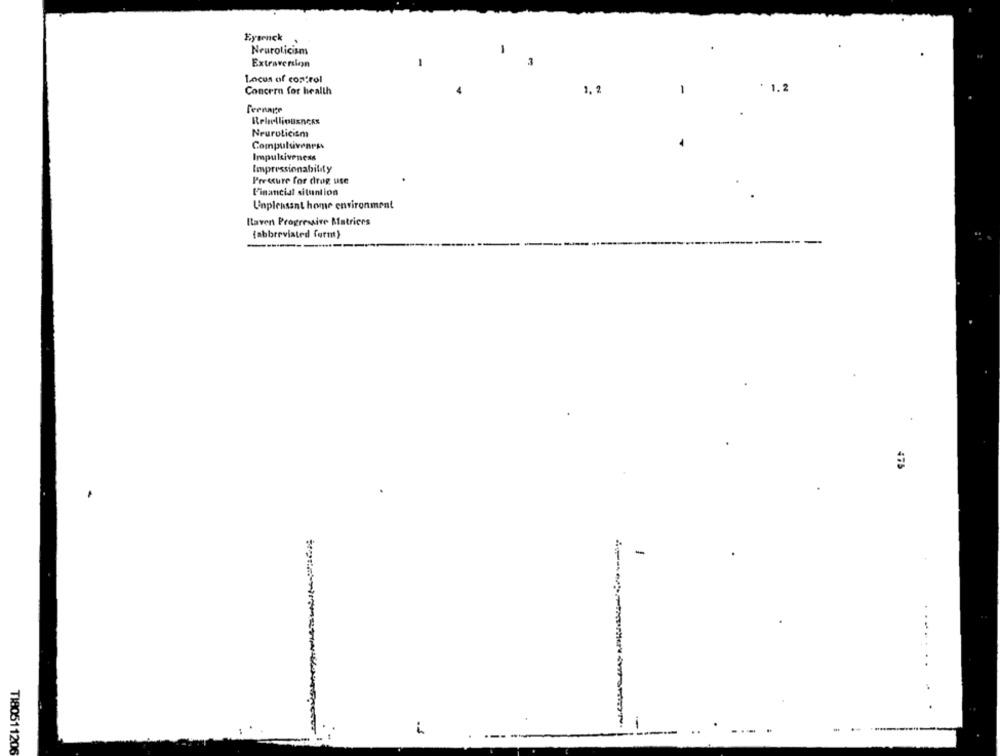
Eysenck
Neuroticism
1
Extraversion
1
3
Locus of control
Concern for health
1, 2
* 1.2
Teenage
Rebelliousness
Neuroticism
Compulsivenrss
Impulsiveness
Impressionability
Pre cure for drog use
Financial situation
Unpleasant home environment
Raven Progressive Matrices
{abbreviated form)
475
-
..
.
..
i
T18051120